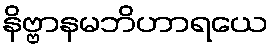
နိဗ္ဗာနမဘိဟာရယေ